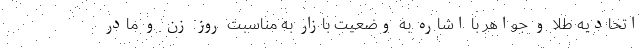
اتحادیه طلا و جواهر با اشاره به وضعیت بازار به مناسبت روز زن و مادر